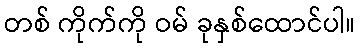
တစ် ကိုက်ကို ဝမ် ခုနှစ်ထောင်ပါ။